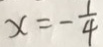
x = - \frac { 1 } { 4 }